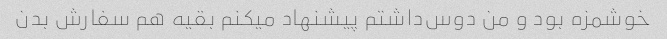
خوشمزه بود و من دوس‌داشتم پیشنهاد میکنم بقیه هم سفارش بدن